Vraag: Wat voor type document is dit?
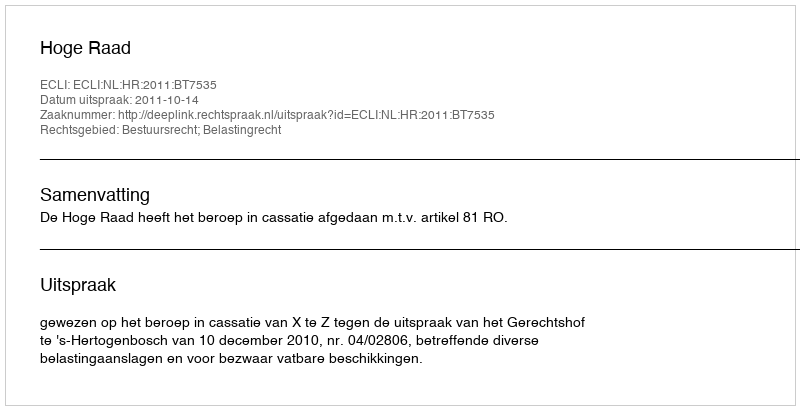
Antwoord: Uitspraak